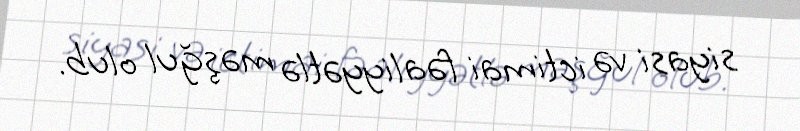
siyasi və ictimai fəaliyyətlə məşğul olub.